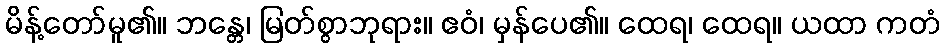
မိန့်တော်မူ၏။ ဘန္တေ၊ မြတ်စွာဘုရား။ ဧဝံ၊ မှန်ပေ၏။ ထေရ၊ ထေရ။ ယထာ ကတံ